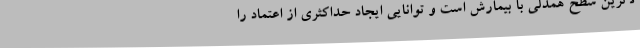
لاترین سطح همدلی با بیمارش است و توانایی ایجاد حداکثری از اعتماد را